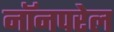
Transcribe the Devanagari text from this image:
नॉनपरेल